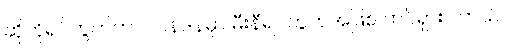
ဆိုဟိုရပ်ကွက်ဟာ လန်ဒန်မှာ မီးနီရပ်ကွက်အဖြစ် ထင်ရှားပါတယ်။